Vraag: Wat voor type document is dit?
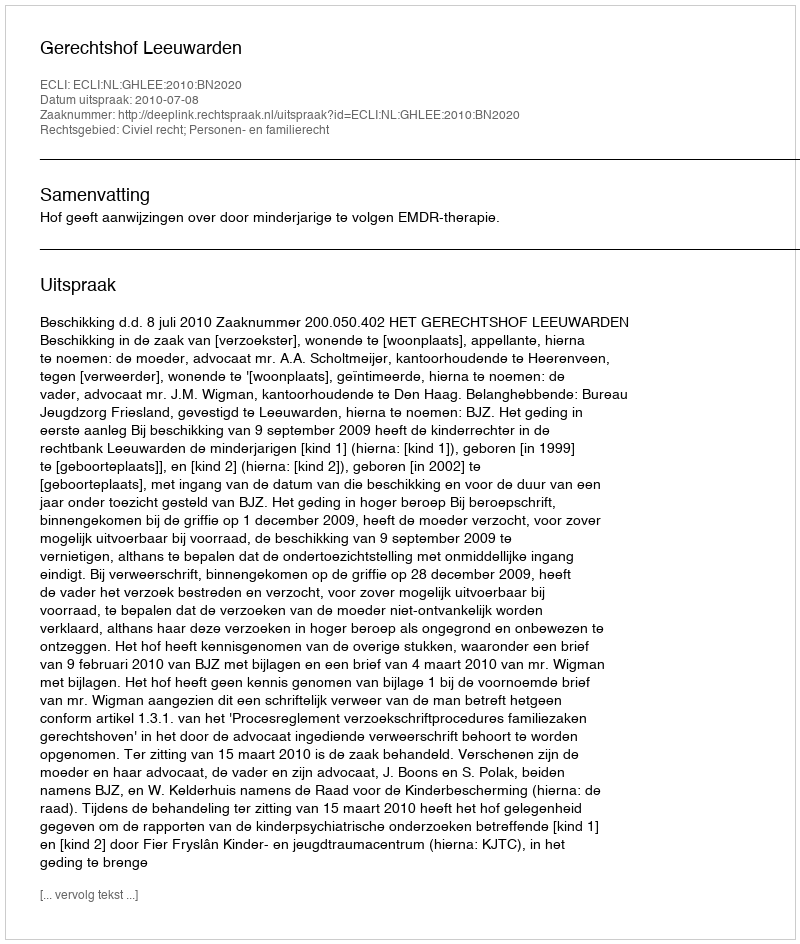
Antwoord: Uitspraak